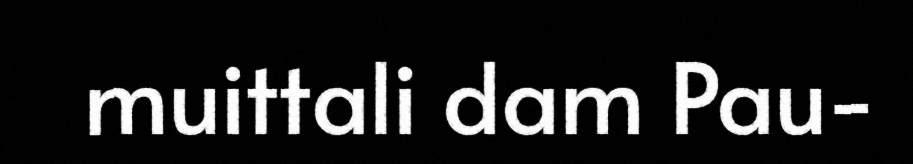
muittali dam Pau-